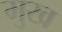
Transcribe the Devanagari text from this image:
मुख्‍ा